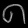
Digit: ၈